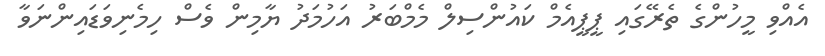
އެއްވި މީހުންގެ ތެރޭގައި ޕީޕީއެމް ކައުންސިލް މެމްބަރު އަހުމަދު ޔާމިން ވެސް ހިމެނިވަޑައިންނަވާ